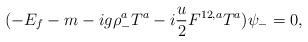
LaTeX: \begin{align*}(-E_f -m -ig\rho_- ^a{ T}^a -i\frac{u}{2}F^{1 2 ,a}{ T}^a)\psi_-=0,\end{align*}